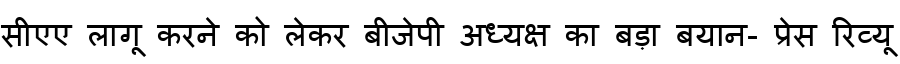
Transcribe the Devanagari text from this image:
सीएए लागू करने को लेकर बीजेपी अध्यक्ष का बड़ा बयान- प्रेस रिव्यू